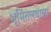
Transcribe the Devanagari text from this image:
भूमितलवाला